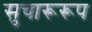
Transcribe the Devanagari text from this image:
सुचारूरूप